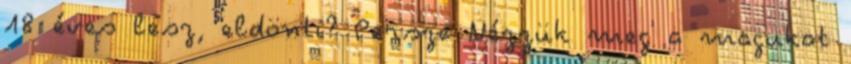
18 éves lesz, eldönti? Persze Nézzük meg a magukat